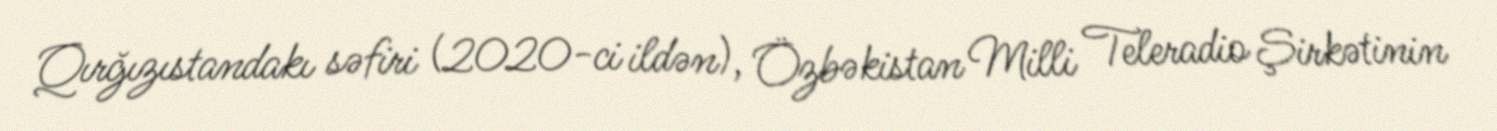
Qırğızıstandakı səfiri (2020-ci ildən), Özbəkistan Milli Teleradio Şirkətinin